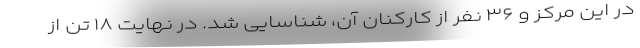
در این مرکز و ۳۶ نفر از کارکنان آن، شناسایی شد. در نهایت ۱۸ تن از